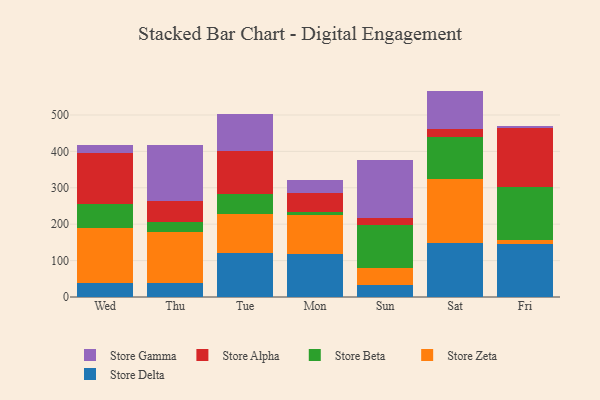
{"axis": {"x": "Day", "y": "Humidity (%)"}, "legend": ["Store Alpha", "Store Beta", "Store Delta", "Store Gamma", "Store Zeta"], "data": [{"x": "Wed", "y": 39.7, "type": "Store Delta"}, {"x": "Wed", "y": 148.8, "type": "Store Zeta"}, {"x": "Wed", "y": 67.3, "type": "Store Beta"}, {"x": "Wed", "y": 139.1, "type": "Store Alpha"}, {"x": "Wed", "y": 22.3, "type": "Store Gamma"}, {"x": "Thu", "y": 39.7, "type": "Store Delta"}, {"x": "Thu", "y": 139.1, "type": "Store Zeta"}, {"x": "Thu", "y": 27.9, "type": "Store Beta"}, {"x": "Thu", "y": 57.8, "type": "Store Alpha"}, {"x": "Thu", "y": 152.2, "type": "Store Gamma"}, {"x": "Tue", "y": 119.8, "type": "Store Delta"}, {"x": "Tue", "y": 108.7, "type": "Store Zeta"}, {"x": "Tue", "y": 53.2, "type": "Store Beta"}, {"x": "Tue", "y": 118.6, "type": "Store Alpha"}, {"x": "Tue", "y": 102.5, "type": "Store Gamma"}, {"x": "Mon", "y": 118.6, "type": "Store Delta"}, {"x": "Mon", "y": 107.5, "type": "Store Zeta"}, {"x": "Mon", "y": 7.3, "type": "Store Beta"}, {"x": "Mon", "y": 51.5, "type": "Store Alpha"}, {"x": "Mon", "y": 35.3, "type": "Store Gamma"}, {"x": "Sun", "y": 34.2, "type": "Store Delta"}, {"x": "Sun", "y": 44.8, "type": "Store Zeta"}, {"x": "Sun", "y": 119.3, "type": "Store Beta"}, {"x": "Sun", "y": 20.0, "type": "Store Alpha"}, {"x": "Sun", "y": 157.6, "type": "Store Gamma"}, {"x": "Sat", "y": 149.2, "type": "Store Delta"}, {"x": "Sat", "y": 174.6, "type": "Store Zeta"}, {"x": "Sat", "y": 115.3, "type": "Store Beta"}, {"x": "Sat", "y": 21.8, "type": "Store Alpha"}, {"x": "Sat", "y": 105.4, "type": "Store Gamma"}, {"x": "Fri", "y": 146.8, "type": "Store Delta"}, {"x": "Fri", "y": 9.2, "type": "Store Zeta"}, {"x": "Fri", "y": 146.3, "type": "Store Beta"}, {"x": "Fri", "y": 161.7, "type": "Store Alpha"}, {"x": "Fri", "y": 6.6, "type": "Store Gamma"}]}